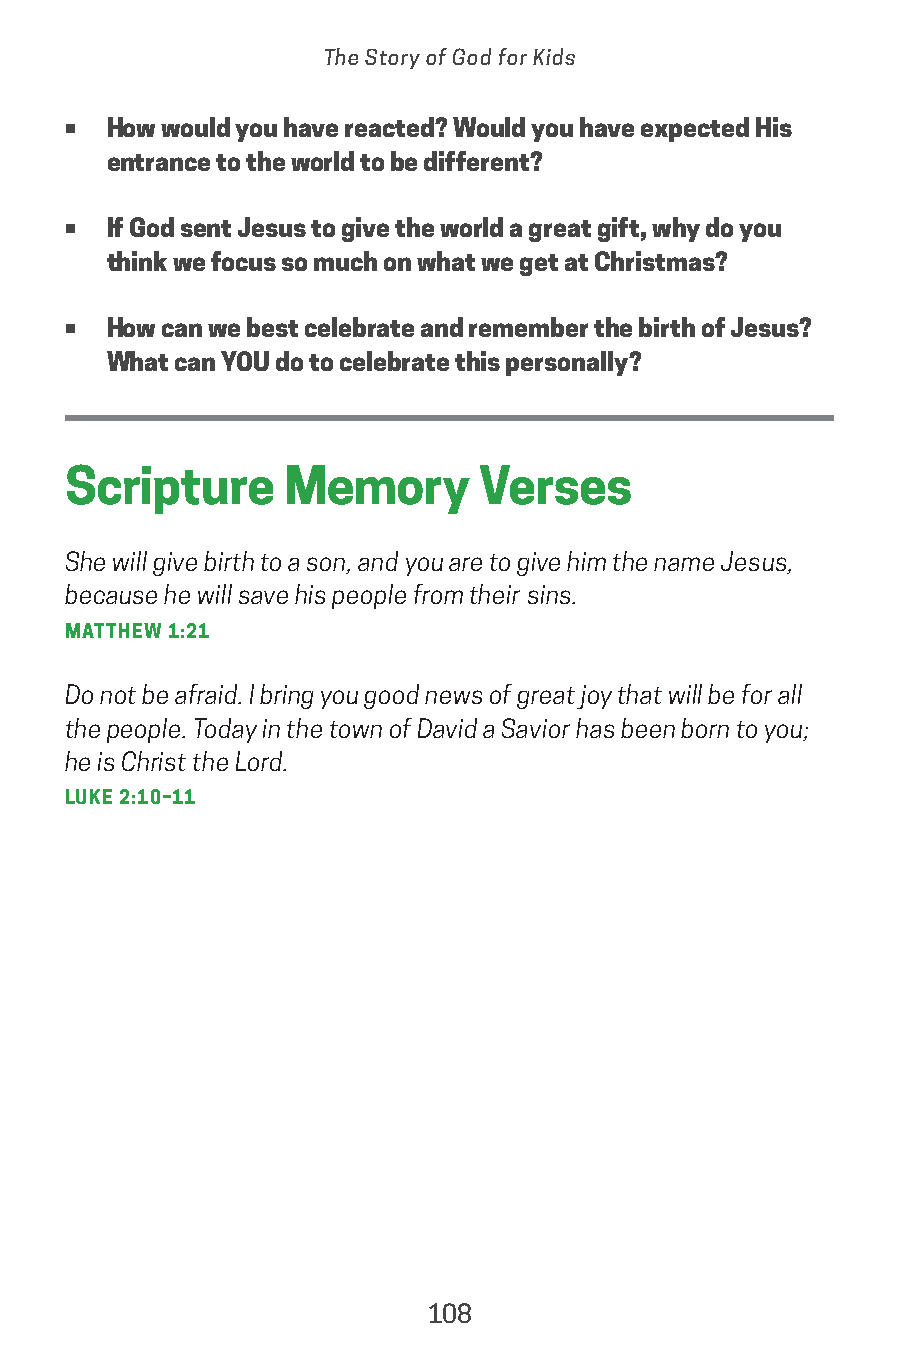
The Story of God for Kids
 •  How would you have reacted? Would you have expected His
 entrance to the world to be different?
 •  If God sent Jesus to give the world a great gift, why do you
 think we focus so much on what we get at Christmas?
 •  How can we best celebrate and remember the birth of Jesus?
 What can YOU do to celebrate this personally?
 Scripture     Memory       Verses
 She will give birth to a son, and you are to give him the name Jesus,
 because he will save his people from their sins.
 MATTHEW 1:21
 Do not be afraid. I bring you good news of great joy that will be for all
 the people. Today in the town of David a Savior has been born to you;
 he is Christ the Lord.
 LUKE 2:10–11
 108
 saturate-story_of_god_kids-2.indd 108             8/10/17 10:11 PM